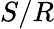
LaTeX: S/R